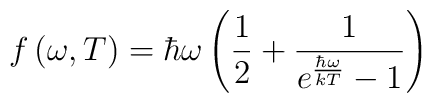
f\left( \omega ,T\right) =\hbar \omega \left( \frac 12+\frac 1{ e^{\frac{\hbar \omega }{kT}}-1 }\right)